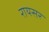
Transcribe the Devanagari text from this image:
रायसर